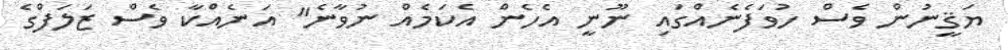
ޔަޤީނުން ވެސް ހުވަފެނެއްގައި ނޫނީ އެހެން އެކަމެއް ނުވާނެ" އަނެއްކާ ވެސް ޒަލަފްގެ